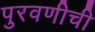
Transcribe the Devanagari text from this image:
पुरवणीची